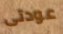
عودتى